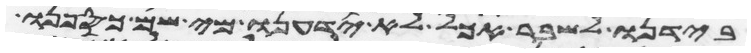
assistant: בידנו לשבר אכל לא ידענו מי שם כספנו